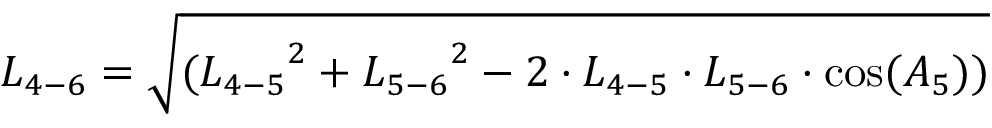
{ L _ { 4 - 6 } } = \sqrt { ( { L _ { 4 - 5 } } ^ { 2 } + { L _ { 5 - 6 } } ^ { 2 } - 2 \cdot { L _ { 4 - 5 } } \cdot { L _ { 5 - 6 } } \cdot \cos ( { A _ { 5 } } ) ) }